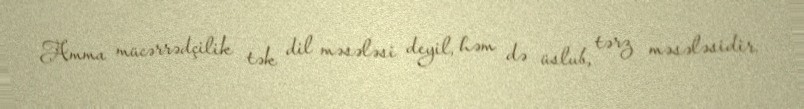
Amma mücərrədçilik tək dil məsələsi deyil, həm də üslub, tərz məsələsidir.